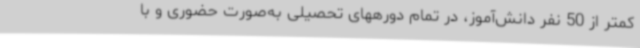
کمتر از 50 نفر دانش‌آموز، در تمام دورههای تحصیلی به‌صورت حضوری و با